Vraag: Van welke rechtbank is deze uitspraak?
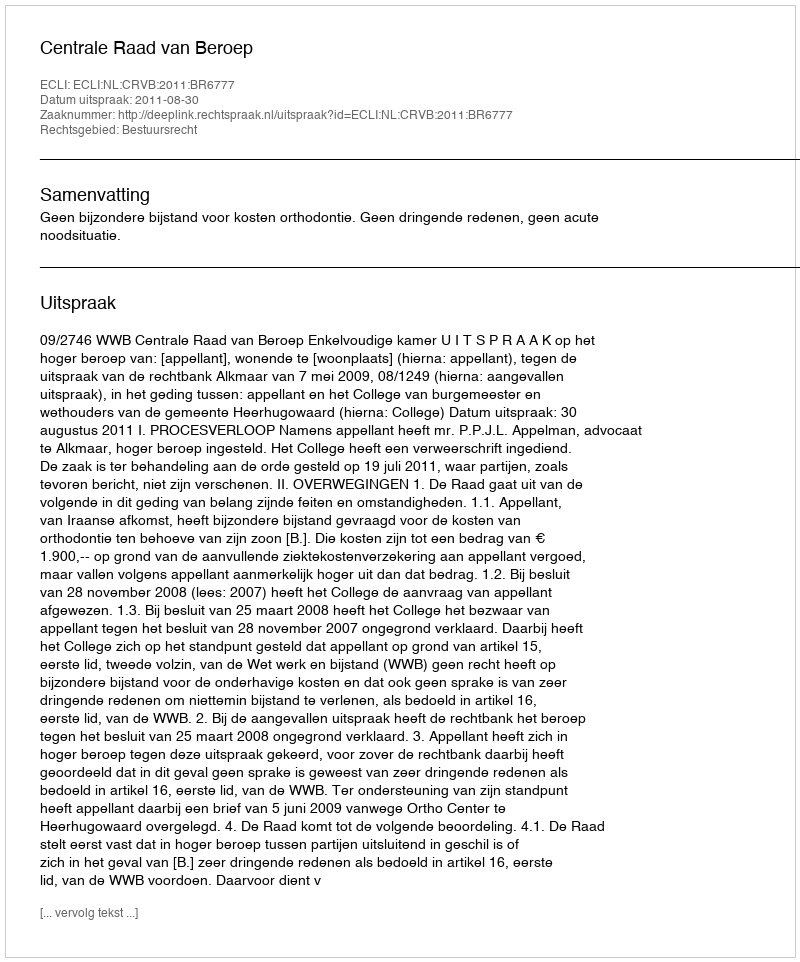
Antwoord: Centrale Raad van Beroep